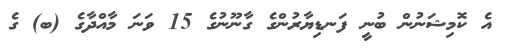
އެ ކޮމިޝަނުން ބުނީ ފަނޑިޔާރުންގެ ގާނޫނުގެ 15 ވަނަ މާއްދާގެ (ބ) ގެ